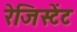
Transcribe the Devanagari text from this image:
रेजिस्टेंट